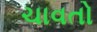
ચાવતો